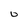
Character: 0